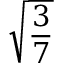
\sqrt { \frac { 3 } { 7 } }